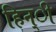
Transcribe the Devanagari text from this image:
हिन्ी